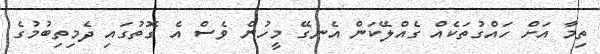
ތިމާ އަށް ހައްގުތަކެއް ގެއްލޭކަން އެނގޭ މީހުން ވެސް އެ ގޮތުގައި ދެމިތިބުމުގެ